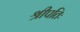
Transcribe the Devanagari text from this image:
श्रीपतिः